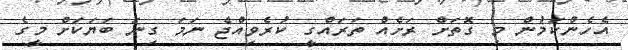
އެހެންކަމުން މި ގޮތަށް ރަށެއް ތަރައްގީ ކުރެވިއްޖެ ނަމަ ގިނަ ބަޔަކަށް މީގެ